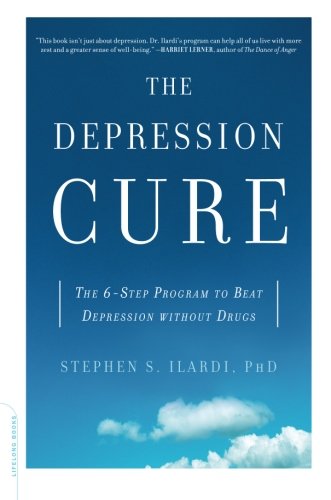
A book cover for The Depression Cure: The 6-Step Program to Beat Depression without Drugs; Stephen S. Ilardi; Health, Fitness & Dieting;